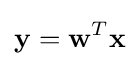
\mathbf {y} =\mathbf {w} ^{T}\mathbf {x}